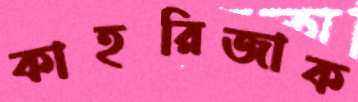
কাহরিজাক